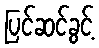
ပြင်ဆင်ခွင့်